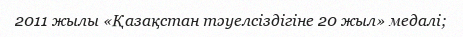
2011 жылы «Қазақстан тәуелсіздігіне 20 жыл» медалі;